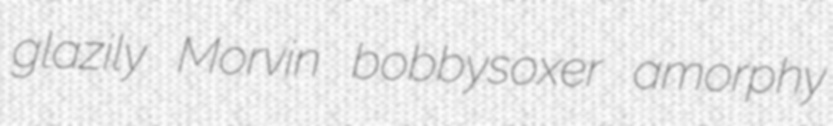
glazily Morvin bobbysoxer amorphy